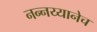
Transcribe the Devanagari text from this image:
नन्नय्यानेच